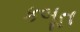
કબૂત